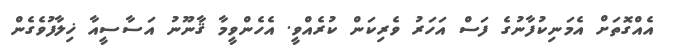
އެއްގޮތަށް އެމަނިކުފާނުގެ ފަސް އަހަރު ވެރިކަން ކުރެއްވީ. އެހެންވީމާ ޤާނޫނު އަސާސީއާ ޚިލާފުވެގެން